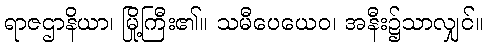
ရာဇဌာနိယာ၊ မြို့ကြီး၏။ သမီပေယေဝ၊ အနီး၌သာလျှင်။